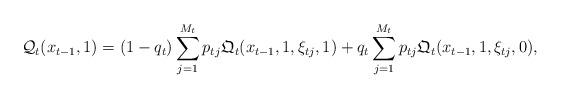
LaTeX: \begin{align*}\mathcal{Q}_t( x_{t-1}, 1 ) = (1-q_t) \sum_{j=1}^{M_{t}} p_{t j} \mathfrak{Q}_t ( x_{t-1}, 1, \xi_{t j}, 1 ) +q_t \sum_{j=1}^{M_t} p_{t j} \mathfrak{Q}_t ( x_{t-1}, 1, \xi_{t j}, 0 ),\end{align*}